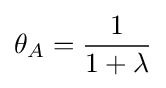
\theta _{A}={\frac {1}{1+\lambda }}